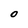
Character: 0